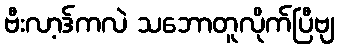
ဗီးလာ့ဒ်ကလဲ သဘောတူလိုက်ပြီဗျ